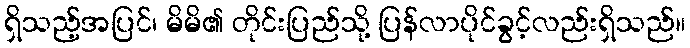
ရှိသည့်အပြင်၊ မိမိ၏ တိုင်းပြည်သို့ ပြန်လာပိုင်ခွင့်လည်းရှိသည်။